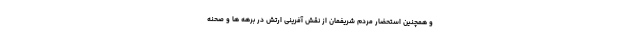
و همچنین استحضار مردم شریفمان از نقش آفرینی ارتش در برهه ها و صحنه